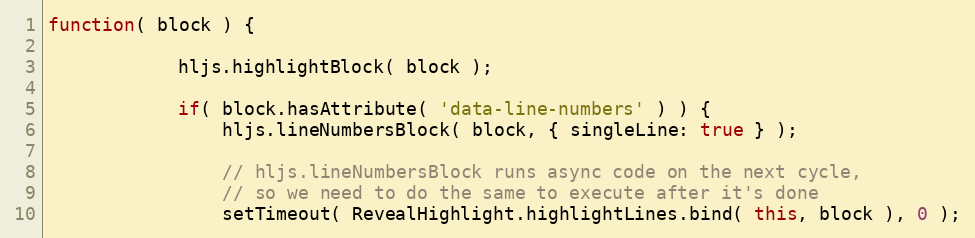
Language: JavaScript
function( block ) {

			hljs.highlightBlock( block );

			if( block.hasAttribute( 'data-line-numbers' ) ) {
				hljs.lineNumbersBlock( block, { singleLine: true } );

				// hljs.lineNumbersBlock runs async code on the next cycle,
				// so we need to do the same to execute after it's done
				setTimeout( RevealHighlight.highlightLines.bind( this, block ), 0 );